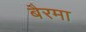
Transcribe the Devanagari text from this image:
बैरमा